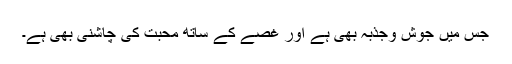
جس میں جوش وجذبہ بھی ہے اور غصے کے ساتھ محبت کی چاشنی بھی ہے۔